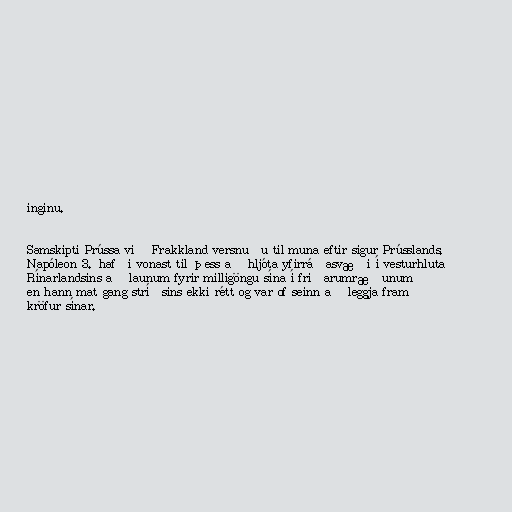
inginu.

Samskipti Prússa við Frakkland versnuðu til muna eftir sigur Prússlands.
Napóleon 3. hafði vonast til þess að hljóta yfirráðasvæði í vesturhluta
Rínarlandsins að launum fyrir milligöngu sína í friðarumræðunum
en hann mat gang stríðsins ekki rétt og var of seinn að leggja fram
kröfur sínar.